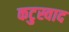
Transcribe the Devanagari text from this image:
कटुस्वाद